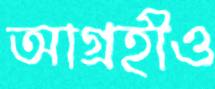
আগ্রহীও